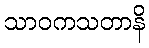
သာဝကသတာနိ